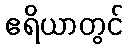
ဧရိယာတွင်